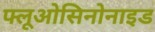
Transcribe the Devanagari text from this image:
फ्लूओसिनोनाइड